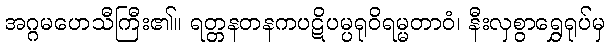
အဂ္ဂမဟေသီကြီး၏။ ရတ္တနတနကပဋိပမ္ပရုဝိရမ္မတာဝံ၊ နီးလှစွာရွှေရုပ်မှ